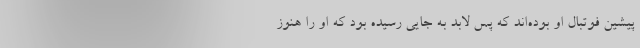
پیشین فوتبال او بوده‌اند که پس لابد به جایی رسیده بود که او را هنوز